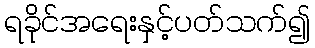
ရခိုင်အရေးနှင့်ပတ်သက်၍